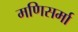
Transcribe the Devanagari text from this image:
मणिसर्मा